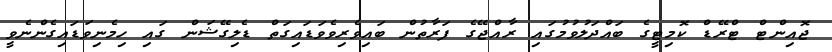
ޖޮއިންޓް ޓްރޭޑް ކޮމިޓީގެ ބައްދަލުވުމުގައި ރާއްޖޭގެ ފަރާތުން ބައިވެރިވެވަޑައިގަތް ޑެލިގޭޝަން ގައި ހިމެނިވަޑައިގެންނެވީ